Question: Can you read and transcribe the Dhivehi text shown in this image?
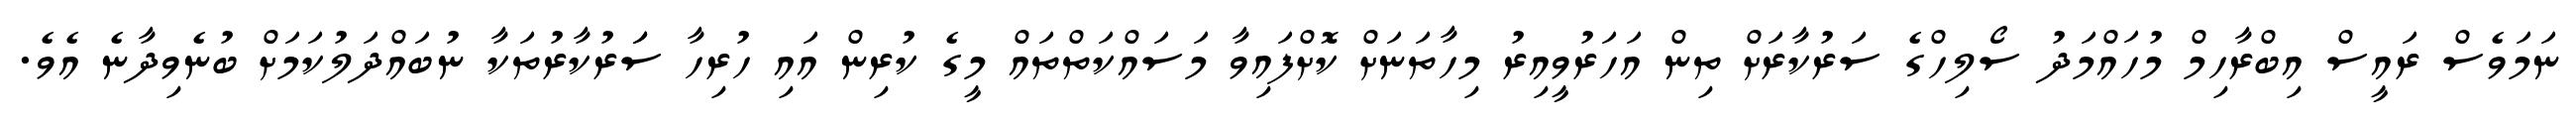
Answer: ނަމަވެސް ރައީސް އިބްރާހިމް މުހައްމަދު ސޯލިހްގެ ސަރުކާރަށް ތިން އަހަރުވީއިރު މިހާތަނަށް ކޮށްފައިވާ މަސައްކަތްތައް މީގެ ކުރިން އައި ހުރިހާ ސަަރުކާރުތަކާ ނުބައްދަލުކަމަށް ބުނެވިދާނެ އެވެ.